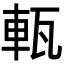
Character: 𤭔